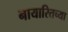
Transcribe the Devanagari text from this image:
नायारितच्या